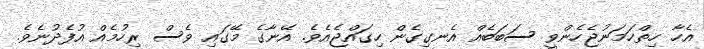
އެހާ ހިތްހަމަނުޖެހެންވީ ސަބަބެއް އެނގިގެން ހިގައްޖެއެވެ. އޭނާގެ މޭގައި ވެސް ރިހުމެއް އުފެދުނެވެ.